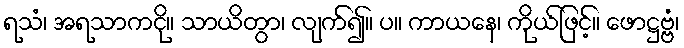
ရသံ၊ အရသာကငို။ သာယိတွာ၊ လျက်၍။ ပ။ ကာယနေ၊ ကိုယ်ဖြင့်။ ဖောဋ္ဌဗ္ဗံ၊